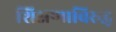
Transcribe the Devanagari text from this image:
शिक्षणाविरुद्ध